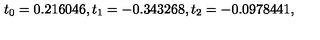
t _ { 0 } = 0 . 2 1 6 0 4 6 , t _ { 1 } = - 0 . 3 4 3 2 6 8 , t _ { 2 } = - 0 . 0 9 7 8 4 4 1 ,